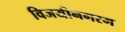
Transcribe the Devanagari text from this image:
विजयीनगरम